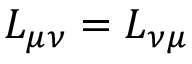
L _ { \mu \nu } = L _ { \nu \mu }